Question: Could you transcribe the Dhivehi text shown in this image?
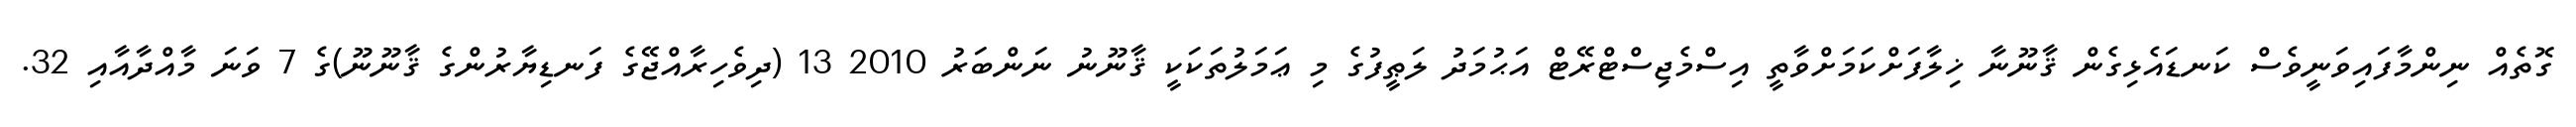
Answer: ގޮތެއް ނިންމާފައިވަނީވެސް ކަނޑައެޅިގެން ޤާނޫނާ ޚިލާފަށްކަމަށްވާތީ އިސްމެޖިސްޓްރޭޓް އަޙުމަދު ލަޠީފުގެ މި ޢަމަލުތަކަކީ ޤާނޫނު ނަންބަރު 2010 13 (ދިވެހިރާއްޖޭގެ ފަނޑިޔާރުންގެ ޤާނޫނޫ)ގެ 7 ވަނަ މާއްދާއާއި 32.